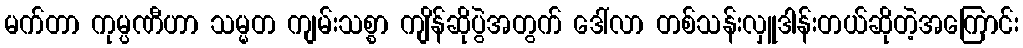
မက်တာ ကုမ္ပဏီဟာ သမ္မတ ကျမ်းသစ္စာ ကျိန်ဆိုပွဲအတွက် ဒေါ်လာ တစ်သန်းလှူဒါန်းတယ်ဆိုတဲ့အကြောင်း